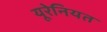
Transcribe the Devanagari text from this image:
यूरेनियत